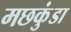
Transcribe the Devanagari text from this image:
मछकुंडा